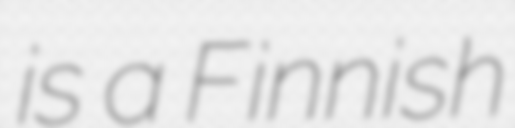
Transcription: is a Finnish